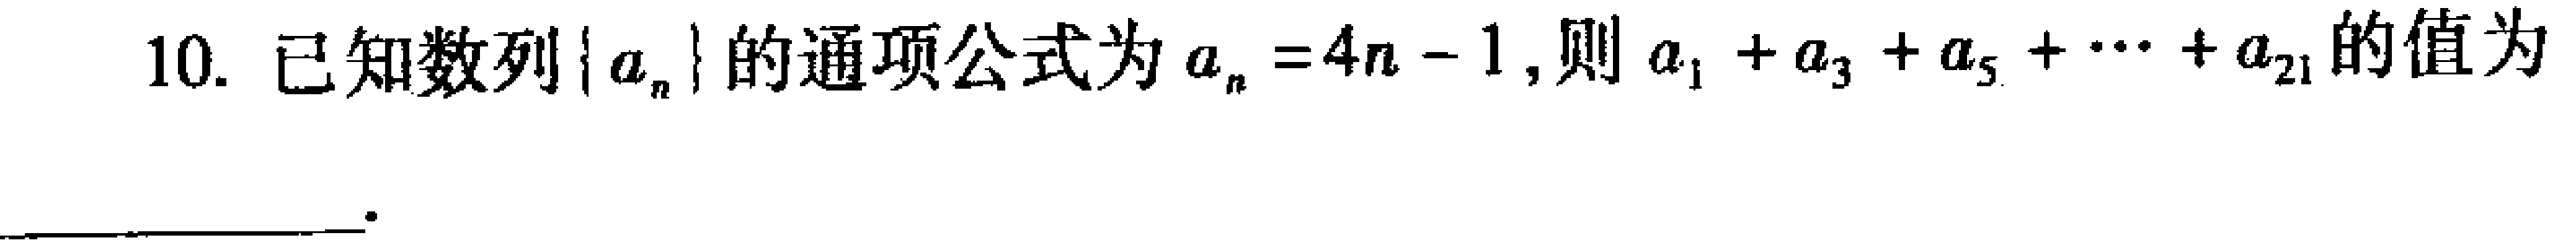
10. 已知数列\(\{ a_{n}\}\)的通项公式为\(a_{n}=4n - 1\)，则\(a_{1}+a_{3}+a_{5}+\cdots +a_{21}\)的值为  。